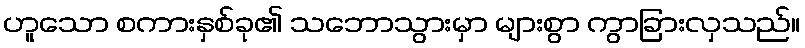
ဟူသော စကားနှစ်ခု၏ သဘောသွားမှာ များစွာ ကွာခြားလှသည်။